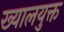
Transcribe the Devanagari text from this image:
ख्यालयुक्त